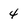
Character: 4